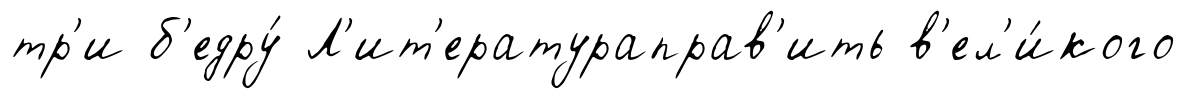
тр'и б'едру́ Л'ит'ератураправ'ить в'ел'и́кого